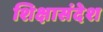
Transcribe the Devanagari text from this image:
शिक्षासंदेश